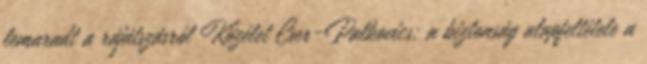
lemaradt a rájátszásról Közélet Cser-Palkovics: a biztonság alapfeltétele a